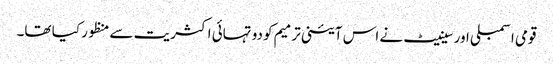
قومی اسمبلی اور سینیٹ نے اس آئینی ترمیم کو دو تہائی اکثریت سے منظور کیا تھا۔